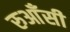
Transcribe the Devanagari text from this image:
रुआँसी